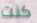
كنت